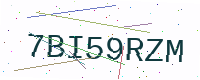
Text: 7BI59RZM